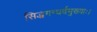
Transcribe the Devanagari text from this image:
सिद्धगन्धर्वमुख्याः।